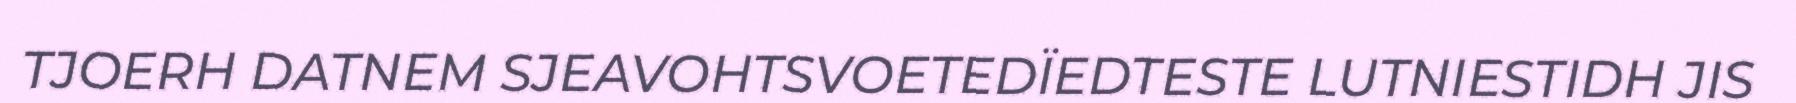
TJOERH DATNEM SJEAVOHTSVOETEDÏEDTESTE LUTNIESTIDH JIS